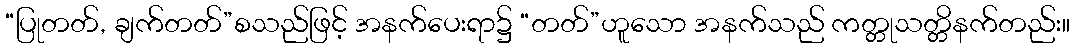
“ပြုတတ်, ချက်တတ်”စသည်ဖြင့် အနက်ပေးရာ၌ “တတ်”ဟူသော အနက်သည် ကတ္တုသတ္တိနက်တည်း။